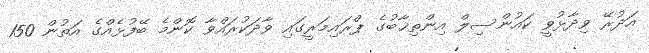
އަދުރޭ ވިދާޅުވީ ކައުންސިލް އިންތިޚާބުގެ ޕްރައިމަރީގައި ވާދަކުރައްވާ ކޮންމެ ބޭފުޅެއްގެ އަތުން 150